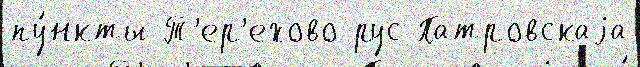
пу́нкты Т'ер'ехово рус Патровскаjа